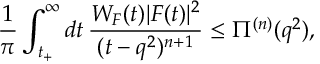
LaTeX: \frac { 1 } { \pi } \int _ { t _ { + } } ^ { \infty } d t \, \frac { W _ { F } ( t ) | F ( t ) | ^ { 2 } } { ( t - q ^ { 2 } ) ^ { n + 1 } } \le \Pi ^ { ( n ) } ( q ^ { 2 } ) ,